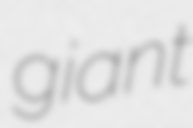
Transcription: giant